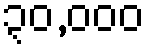
၃၀,၀၀၀